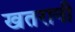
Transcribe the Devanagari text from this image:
खतरानी